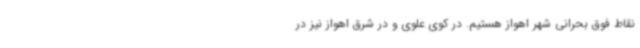
نقاط فوق بحرانی شهر اهواز هستیم. در کوی علوی و در شرق اهواز نیز در